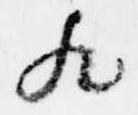
歟